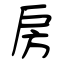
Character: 房